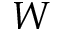
W